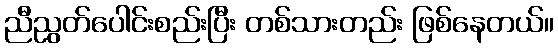
ညီညွတ်ပေါင်းစည်းပြီး တစ်သားတည်း ဖြစ်နေတယ်။